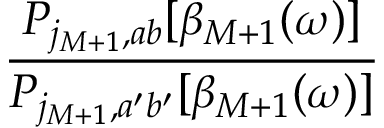
\frac { P _ { j _ { M + 1 } , a b } [ \beta _ { M + 1 } ( \omega ) ] } { P _ { j _ { M + 1 } , a ^ { \prime } b ^ { \prime } } [ \beta _ { M + 1 } ( \omega ) ] }